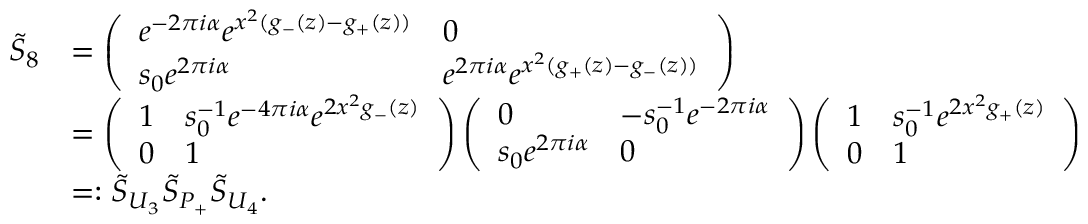
\begin{array} { r l } { \widetilde { S } _ { 8 } } & { = \left( \begin{array} { l l } { e ^ { - 2 \pi i \alpha } e ^ { x ^ { 2 } ( g _ { - } ( z ) - g _ { + } ( z ) ) } } & { 0 } \\ { s _ { 0 } e ^ { 2 \pi i \alpha } } & { e ^ { 2 \pi i \alpha } e ^ { x ^ { 2 } ( g _ { + } ( z ) - g _ { - } ( z ) ) } } \end{array} \right) } \\ & { = \left( \begin{array} { l l } { 1 } & { s _ { 0 } ^ { - 1 } e ^ { - 4 \pi i \alpha } e ^ { 2 x ^ { 2 } g _ { - } ( z ) } } \\ { 0 } & { 1 } \end{array} \right) \left( \begin{array} { l l } { 0 } & { - s _ { 0 } ^ { - 1 } e ^ { - 2 \pi i \alpha } } \\ { s _ { 0 } e ^ { 2 \pi i \alpha } } & { 0 } \end{array} \right) \left( \begin{array} { l l } { 1 } & { s _ { 0 } ^ { - 1 } e ^ { 2 x ^ { 2 } g _ { + } ( z ) } } \\ { 0 } & { 1 } \end{array} \right) } \\ & { = : \widetilde { S } _ { U _ { 3 } } \widetilde { S } _ { P _ { + } } \widetilde { S } _ { U _ { 4 } } . } \end{array}